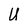
Character: U